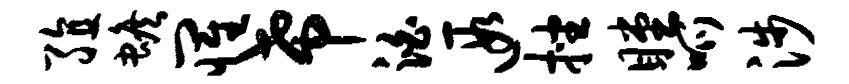
殖蟾罹希泊遐挫瞠呱涉